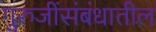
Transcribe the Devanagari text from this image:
गुरुजींसंबंधातील